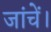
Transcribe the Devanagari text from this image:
जांचें।